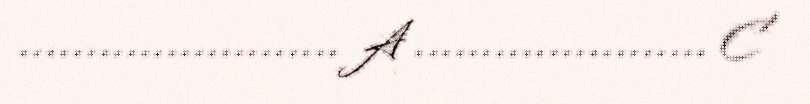
........................ A ...................... C